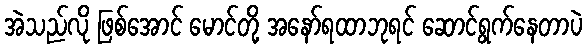
အဲသည်လို ဖြစ်အောင် မောင်တို့ အနော်ရထာဘုရင် ဆောင်ရွက်နေတာပဲ